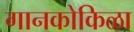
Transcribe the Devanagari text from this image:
गानकोकिळा